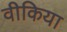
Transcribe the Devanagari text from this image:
वीकिया